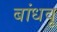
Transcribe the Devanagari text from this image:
बांधवू